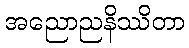
အညောညနိဿိတာ